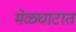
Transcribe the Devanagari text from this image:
मेळघाटात